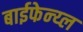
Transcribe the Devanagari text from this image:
बाईफेन्य्ल